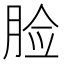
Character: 脸